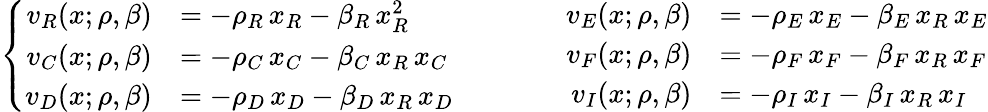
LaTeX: \left\{ \begin{array}{rl}{v_{R}(x;\rho,\beta)}&{=-\rho_{R}\, x_{R}-\beta_{R}\, x_{R}^{2}}\\ {v_{C}(x;\rho,\beta)}&{=-\rho_{C}\, x_{C}-\beta_{C}\, x_{R}\, x_{C}}\\ {v_{D}(x;\rho,\beta)}&{=-\rho_{D}\, x_{D}-\beta_{D}\, x_{R}\, x_{D}}\end{array}\qquad\qquad\begin{array}{rl}{v_{E}(x;\rho,\beta)}&{=-\rho_{E}\, x_{E}-\beta_{E}\, x_{R}\, x_{E}}\\ {v_{F}(x;\rho,\beta)}&{=-\rho_{F}\, x_{F}-\beta_{F}\, x_{R}\, x_{F}}\\ {v_{I}(x;\rho,\beta)}&{=-\rho_{I}\, x_{I}-\beta_{I}\, x_{R}\, x_{I}}\end{array}\right.